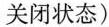
关闭状态)